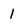
Character: 1